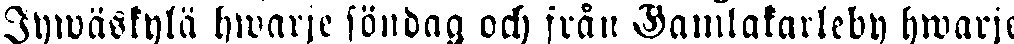
Jywäskylä hwarje söndag och fråm Gamlakarleby hwarje